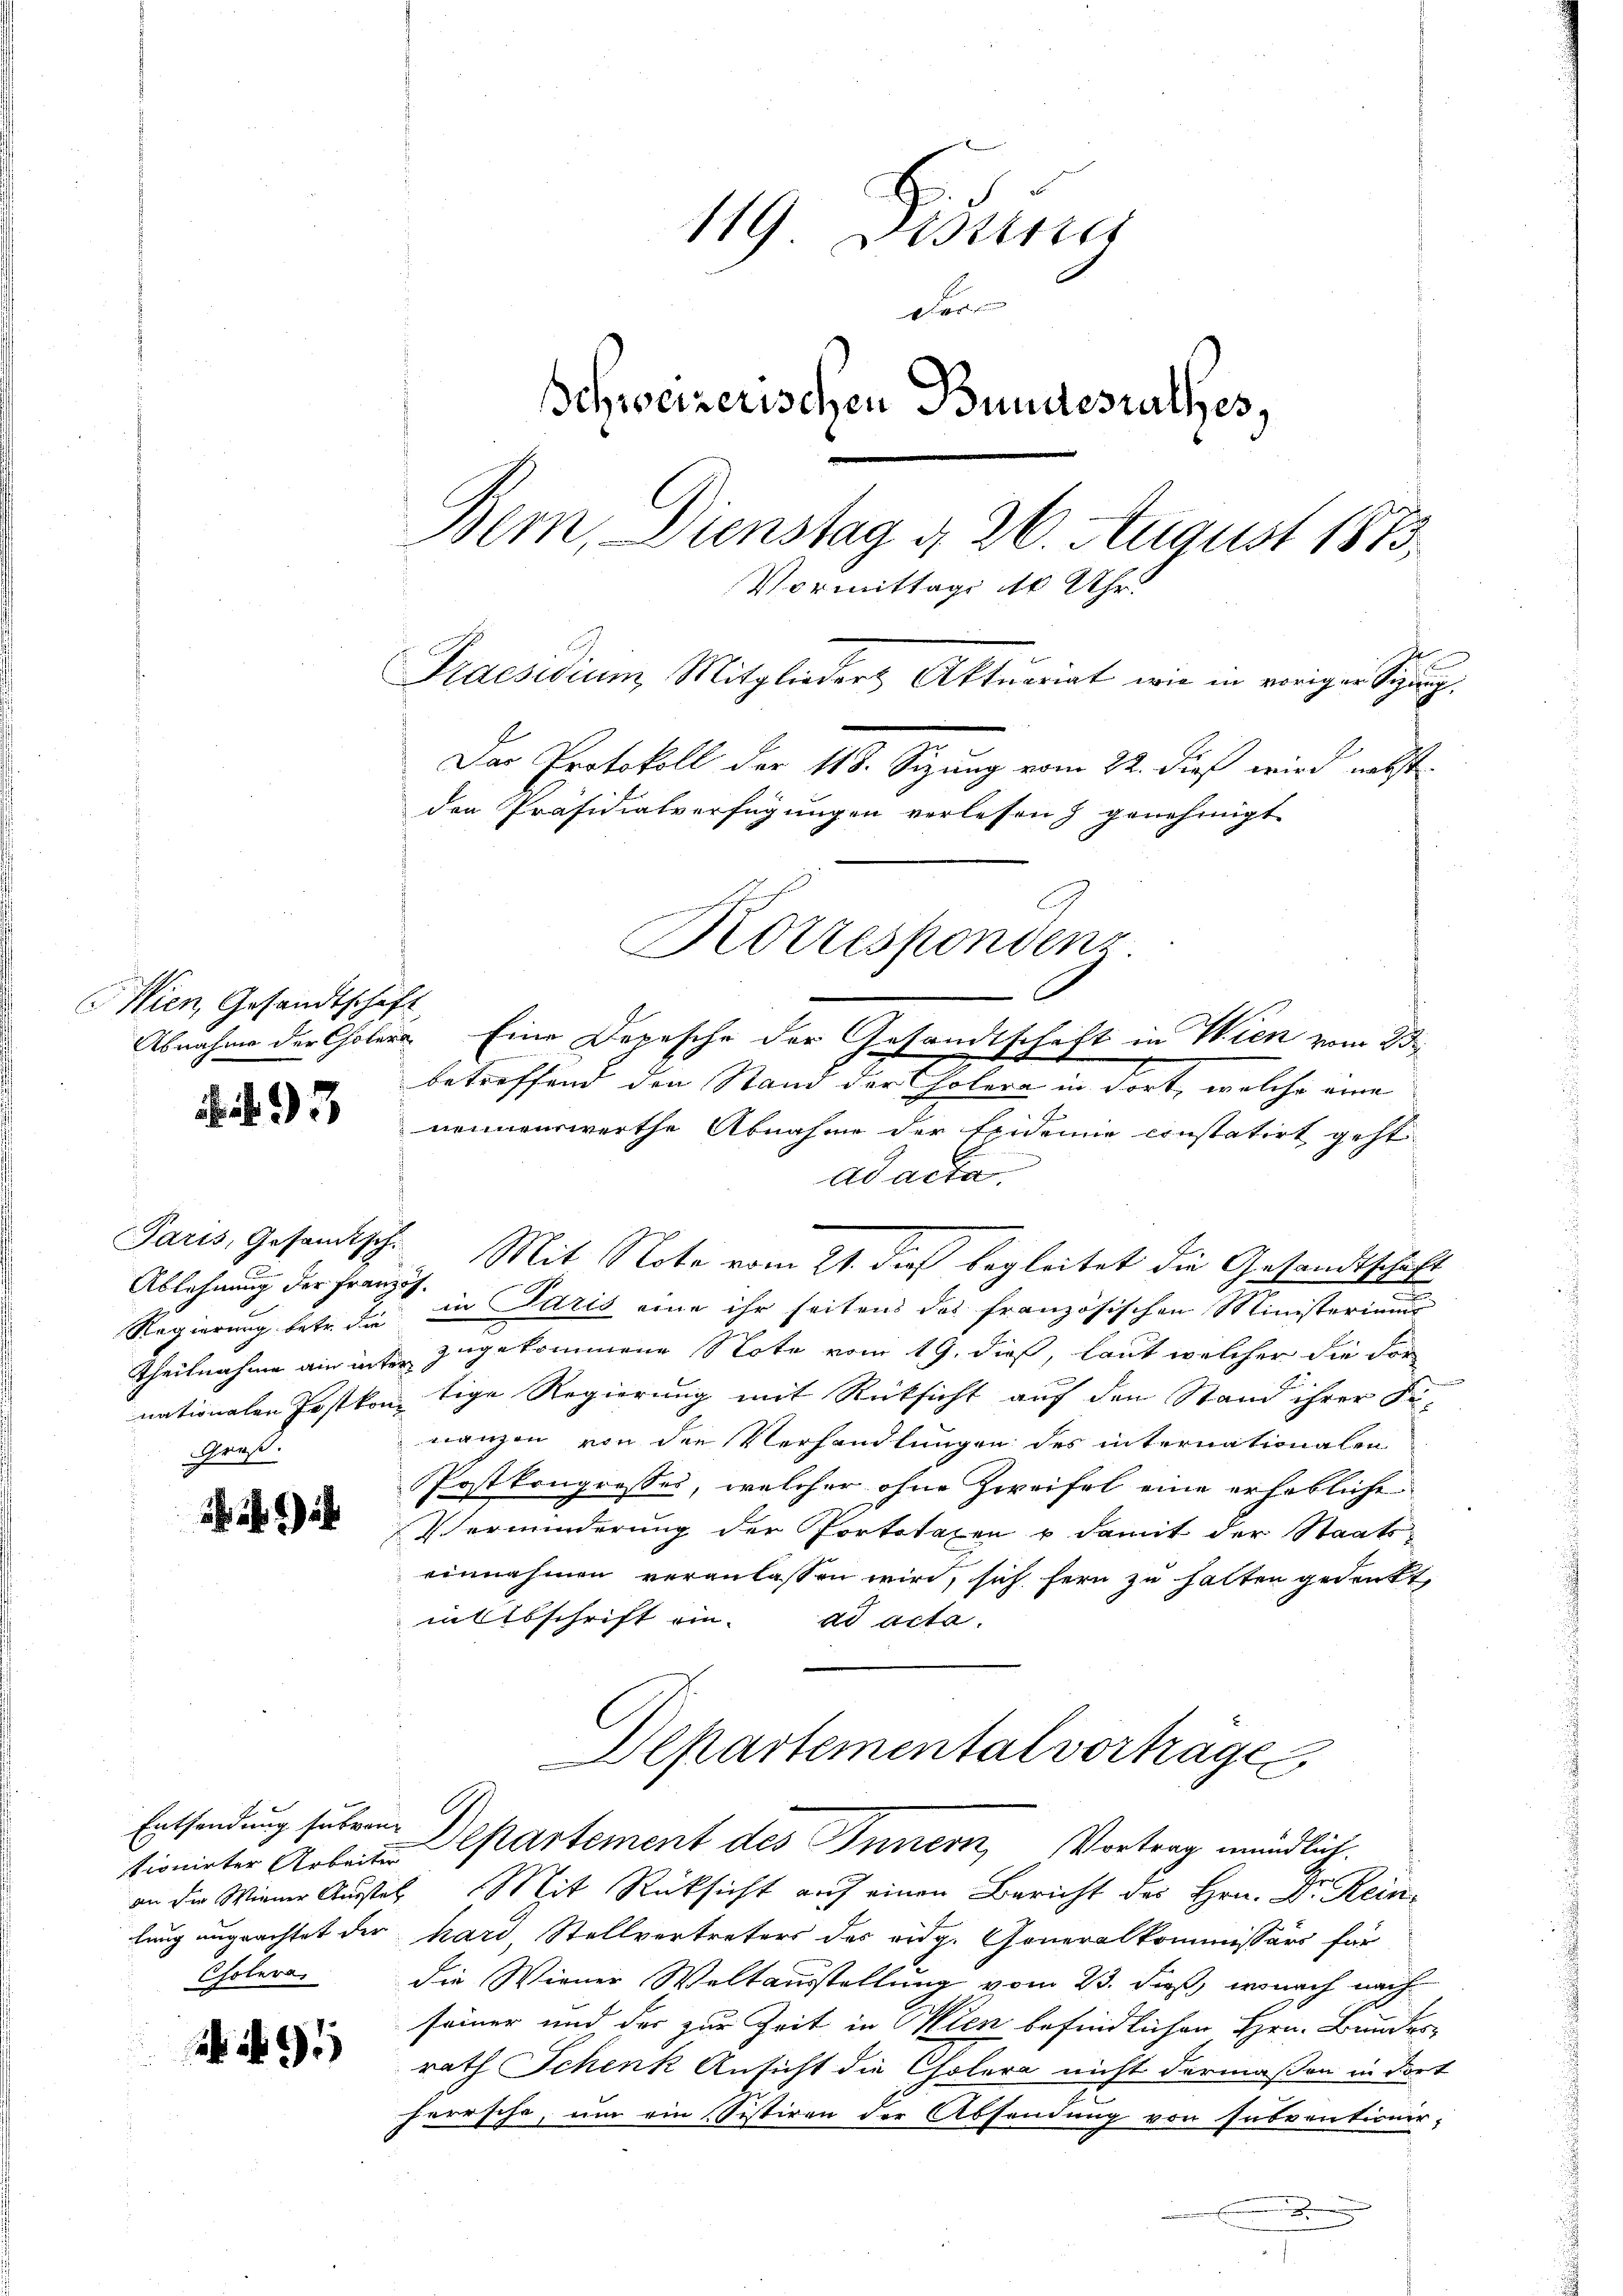
Wien, Gesandtschaft

93

Ablehnung der Franzog.
Kres.

2)

tionirter Arbeiter
Cholera

G
119 Distra
r
Schweizerischen Bundesrathes,
Bern, Dienstag d. 26. August 1873.
Vormittags 10 Uhr.
Praesidium Mitglieders Aktuariat, wie in vorigen Sinn.
Das Protokoll der 118. Sizung vom 22. dieß wird nebst
den Präsidialverfügungen verlesen & genehmigt
Korrespondenz

Abnahme der Cholera. Eine Depesche der Gesandtschaft in Wien vom 23.
betreffend den Stand der Polera in dort, welche eine
nennenswerthe Abnahme der Epidemie constatirt geht
ad acta
Paris, Gesandtsch. Mit Note vom 21. dieß begleitet die Gesandtschaft
Regierung betr. dr in Paris eine ihr seitens des französischen Ministeriums
Theilnahme ain unter zugekommene Note vom 19. dieß, laut welcher die dor
nationalen Postkontige Regierung mit Rücksicht auf den Stand ihrer Fi-
nanzen von den Verhandlungen des internationalen
Postkongresses, welcher ohne Zweifel eine erhebliche
Verminderung der Portotaxen u damit der Staats-
einnahmen veranlassen wird, sich fern zu halten gedenkt,
ihlbschrift ein. ad acta.

an die Wiener Ausste Mit Rücksicht auf einen Bericht des Hrn. Dr. Reinlung ungeachtet der hard, Stellvertreters des eidg. Generalkommissärs für
die Wiener Weltausstellung vom 23. dieß, wonach nach
seiner und der zur Zeit in Wien befindlichen Hrn. Bundes-
rath Schenk Ansicht die Cholera nicht dermaßen in dort
herrsche, um ein Sistiren der Absendung von subventionir¬
.

Departemental vortrages
Entsendung sehren Departement des Innern, Vortrag mündlich